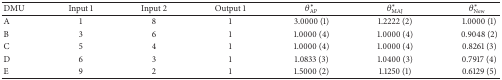
<table><thead><tr><td><b> DMU </b></td><td><b> Input 1 </b></td><td><b> Input 2 </b></td><td><b> Output 1 </b></td><td><b><i>θ</i><sub>AP</sub>*</b></td><td><b><i>θ</i><sub>MAJ</sub>*</b></td><td><b><i>θ</i><sub>New </sub>*</b></td></tr></thead><tbody><tr><td> A </td><td>1 </td><td>8 </td><td>1 </td><td>3.0000 (1) </td><td>1.2222 (2) </td><td>1.0000 (1)</td></tr><tr><td> B </td><td>3 </td><td>6 </td><td>1 </td><td>1.0000 (4) </td><td>1.0000 (4) </td><td>0.9048 (2) </td></tr><tr><td> C </td><td>5 </td><td>4 </td><td>1 </td><td>1.0000 (4) </td><td>1.0000 (4) </td><td>0.8261 (3) </td></tr><tr><td> D </td><td>6 </td><td>3 </td><td>1 </td><td>1.0833 (3) </td><td>1.0400 (3) </td><td>0.7917 (4) </td></tr><tr><td> E </td><td>9 </td><td>2 </td><td>1 </td><td>1.5000 (2) </td><td>1.1250 (1) </td><td>0.6129 (5) </td></tr></tbody></table>